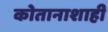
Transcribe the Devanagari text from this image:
कोतानाशाही